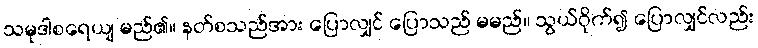
သမုဒါစရေယျ မည်၏။ နတ်စသည်အား ပြောလျှင် ပြောသည် မမည်။ သွယ်ဝိုက်၍ ပြောလျှင်လည်း